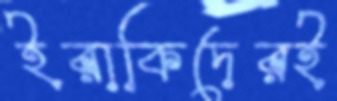
ইরাকিদেরই